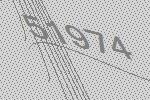
51974